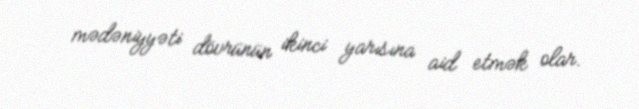
mədəniyyəti dövrünün ikinci yarısına aid etmək olar.